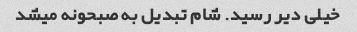
خیلی دیر رسید. شام تبدیل به صبحونه میشد